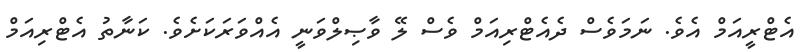
އެޓްރީއަމް އެވެ. ނަމަވެސް ދެއެޓްރިއަމް ވެސް ލޭ ވާޞިލްވަނީ އެއްވަރަކަށެވެ. ކަނާތު އެޓްރިއަމް